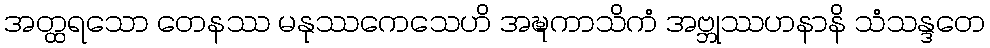
အတ္ထရသော တေနဿ မနုဿကေသေဟိ အဍ္ဎကာသိကံ အဗ္ဘုဿဟနာနိ သံသန္ဒတေ